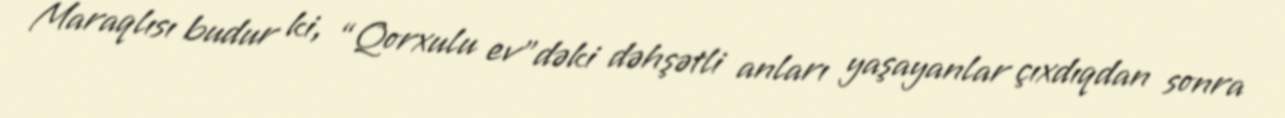
Maraqlısı budur ki, “Qorxulu ev”dəki dəhşətli anları yaşayanlar çıxdıqdan sonra